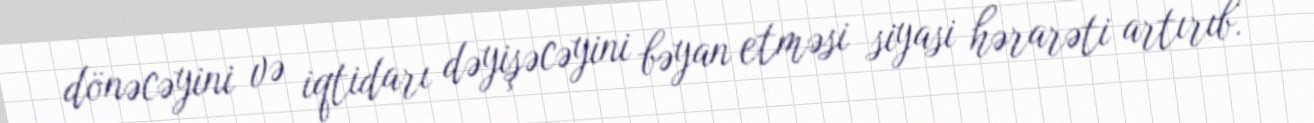
dönəcəyini və iqtidarı dəyişəcəyini bəyan etməsi siyasi hərarəti artırıb.